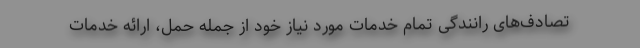
تصادف‌های رانندگی تمام خدمات مورد نیاز خود از جمله حمل، ارائه خدمات